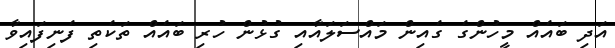
އަދި ބައެއް މީހުންގެ ގެއިން މައްސަލައާއި ގުޅުން ހުރި ބައެއް ތަކެތި ފެނިފައިވާ